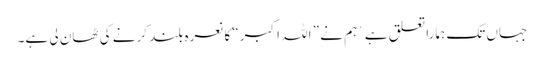
جہاں تک ہمارا تعلق ہے` ہم نے ” اللہ اکبر“ کا نعرہ بلند کرنے کی ٹھان لی ہے۔